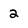
Character: 2